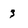
Character: 3